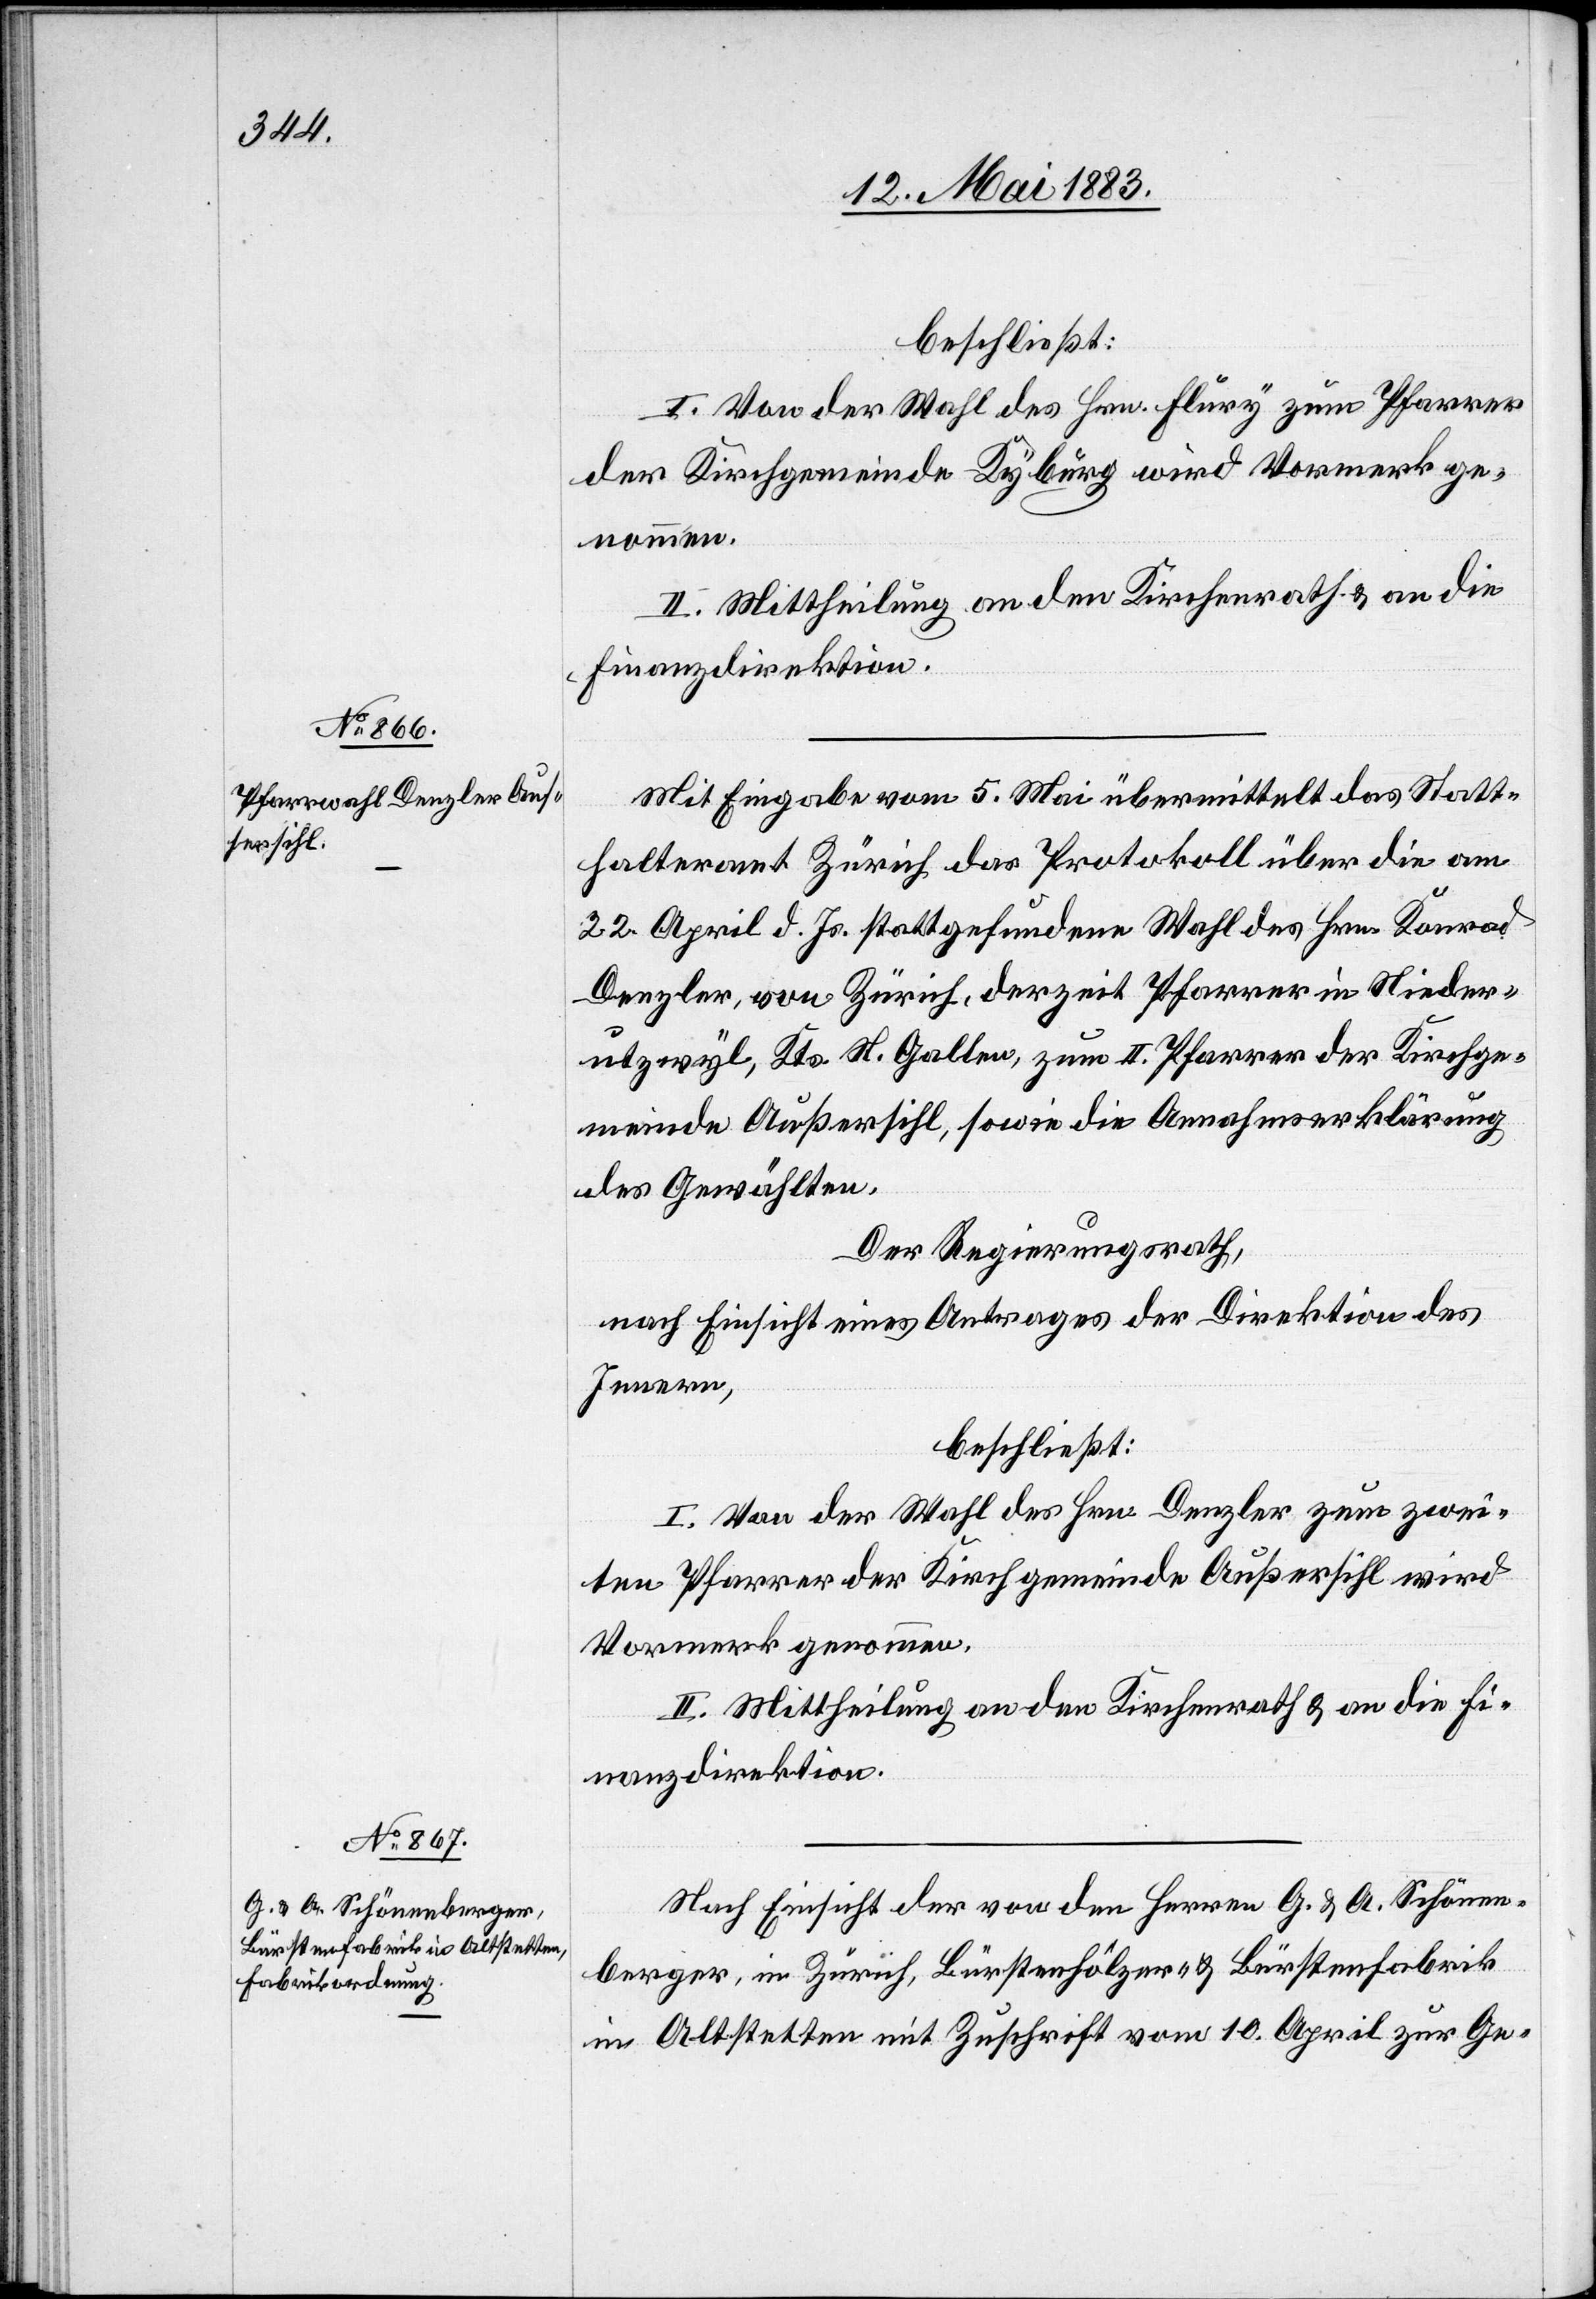
meinde

beschließt:
I. Von der Wahl des Hrn. Flury zum Pfarrer
der Kirchgemeinde Kyburg wird Vormerk ge¬
nommen.
II. Mittheilung an den Kirchenrath & an die
Finanzdirektion.
Mit Eingabe vom 5. Mai übermittelt das Statt¬
halteramt Zürich das Protokoll über die am
22. April d. Js. stattgefundene Wahl des Herrn Konrad
rutzwyl, Kts. St. Gallen, zum II. Pfarrer der Kirchge¬
des Gewählten.
Der Regierungsrath,
nach Einsicht eines Antrages der Direktion des
Innern,
beschließt:
I. Von der Wahl des Hrn. Denzler zum zwei¬
ten Pfarrer der Kirchgemeinde Außersihl wird
Vormerk genommen.
II. Mittheilung an den Kirchenrath & an die Fi¬
nanzdirektion.
Nach Einsicht der von den Herren G. & A. Schönen¬
berger, in Zürich, Bürstenhölzer- & Bürstenfabrik
in Altstetten mit Zuschrift vom 10. April zur Ge-